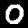
Label: 0